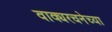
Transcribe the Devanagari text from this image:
वाक्यरचनेच्या